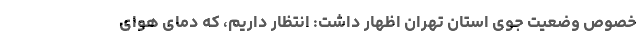
خصوص وضعیت جوی استان تهران اظهار داشت: انتظار داریم، که دمای هوای